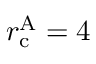
r _ { \mathrm { c } } ^ { \mathrm { A } } = 4